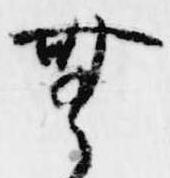
無